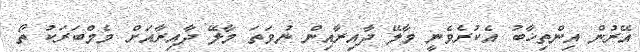
އޭރުން އިންތިޚާބު އެކުރެވެނީ މާލޭ ދާއިރާއިން ނުވަތަ މާލޭ ދާއިރާއަށް މެމްބަރަކު ތޯ